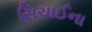
સિચાઈના